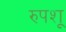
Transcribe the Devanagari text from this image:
रुपशू